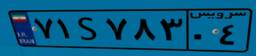
۷۱S۷۸۳۰۴